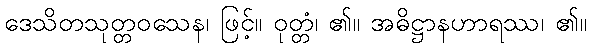
ဒေသိတသုတ္တဝသေန၊ ဖြင့်။ ဝုတ္တံ၊ ၏။ အဓိဋ္ဌာနဟာရဿ၊ ၏။